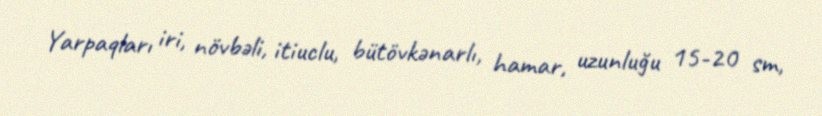
Yarpaqları iri, növbəli, itiuclu, bütövkənarlı, hamar, uzunluğu 15-20 sm,